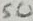
Text: 50